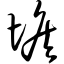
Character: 堠